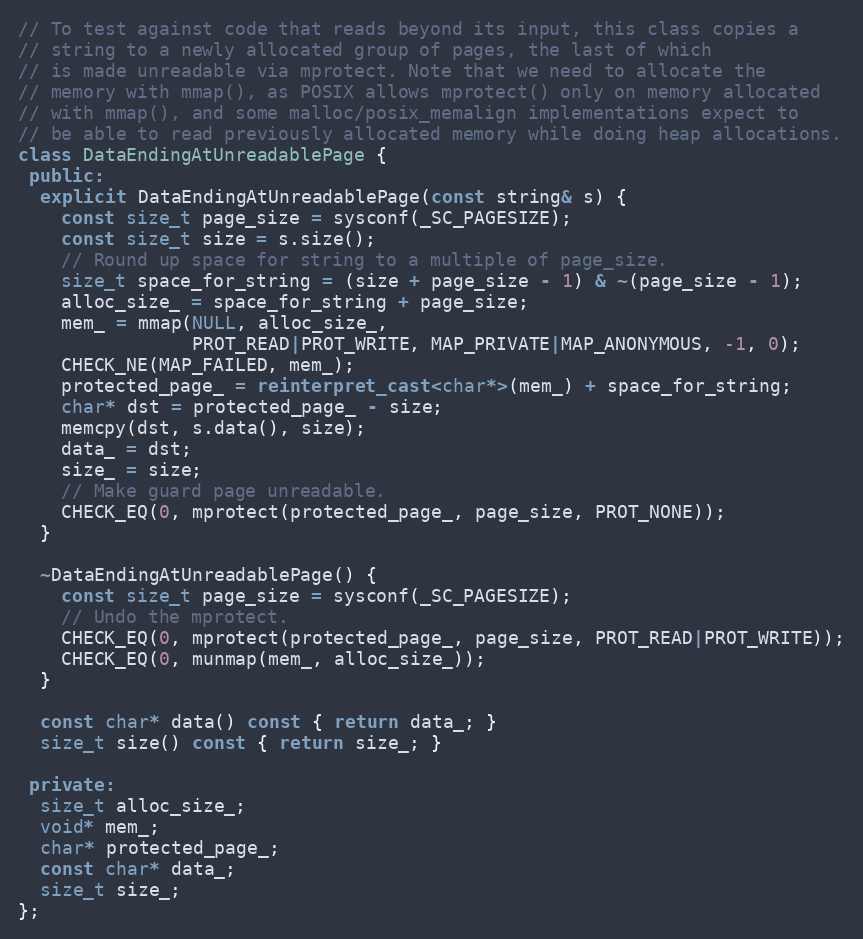
Language: C++
// To test against code that reads beyond its input, this class copies a
// string to a newly allocated group of pages, the last of which
// is made unreadable via mprotect. Note that we need to allocate the
// memory with mmap(), as POSIX allows mprotect() only on memory allocated
// with mmap(), and some malloc/posix_memalign implementations expect to
// be able to read previously allocated memory while doing heap allocations.
class DataEndingAtUnreadablePage {
 public:
  explicit DataEndingAtUnreadablePage(const string& s) {
    const size_t page_size = sysconf(_SC_PAGESIZE);
    const size_t size = s.size();
    // Round up space for string to a multiple of page_size.
    size_t space_for_string = (size + page_size - 1) & ~(page_size - 1);
    alloc_size_ = space_for_string + page_size;
    mem_ = mmap(NULL, alloc_size_,
                PROT_READ|PROT_WRITE, MAP_PRIVATE|MAP_ANONYMOUS, -1, 0);
    CHECK_NE(MAP_FAILED, mem_);
    protected_page_ = reinterpret_cast<char*>(mem_) + space_for_string;
    char* dst = protected_page_ - size;
    memcpy(dst, s.data(), size);
    data_ = dst;
    size_ = size;
    // Make guard page unreadable.
    CHECK_EQ(0, mprotect(protected_page_, page_size, PROT_NONE));
  }

  ~DataEndingAtUnreadablePage() {
    const size_t page_size = sysconf(_SC_PAGESIZE);
    // Undo the mprotect.
    CHECK_EQ(0, mprotect(protected_page_, page_size, PROT_READ|PROT_WRITE));
    CHECK_EQ(0, munmap(mem_, alloc_size_));
  }

  const char* data() const { return data_; }
  size_t size() const { return size_; }

 private:
  size_t alloc_size_;
  void* mem_;
  char* protected_page_;
  const char* data_;
  size_t size_;
};